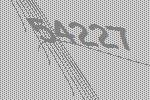
54227